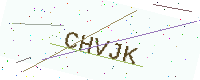
Text: CHVJK